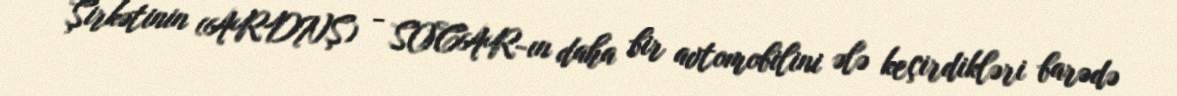
Şirkətinin (ARDNŞ) - SOCAR-ın daha bir avtomobilini ələ keçirdikləri barədə